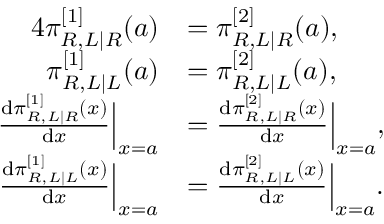
\begin{array} { r l } { { 4 } \pi _ { R , L | R } ^ { [ 1 ] } ( a ) } & { = \pi _ { R , L | R } ^ { [ 2 ] } ( a ) , } \\ { \pi _ { R , L | L } ^ { [ 1 ] } ( a ) } & { = \pi _ { R , L | L } ^ { [ 2 ] } ( a ) , } \\ { \frac { \mathrm { d } \pi _ { R , L | R } ^ { [ 1 ] } ( x ) } { \mathrm { d } x } \Big | _ { x = a } } & { = \frac { \mathrm { d } \pi _ { R , L | R } ^ { [ 2 ] } ( x ) } { \mathrm { d } x } \Big | _ { x = a } , } \\ { \frac { \mathrm { d } \pi _ { R , L | L } ^ { [ 1 ] } ( x ) } { \mathrm { d } x } \Big | _ { x = a } } & { = \frac { \mathrm { d } \pi _ { R , L | L } ^ { [ 2 ] } ( x ) } { \mathrm { d } x } \Big | _ { x = a } . } \end{array}